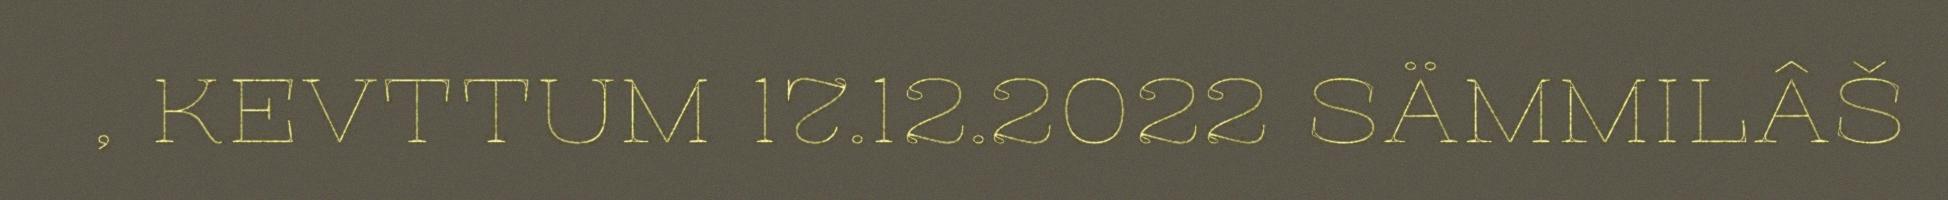
, KEVTTUM 17.12.2022 SÄMMILÂŠ